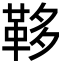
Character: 𩊥